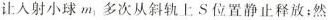
让入射小球m_{1}多次从斜轨上S位置静止释放；然